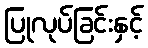
ပြုလုပ်ခြင်းနှင့်